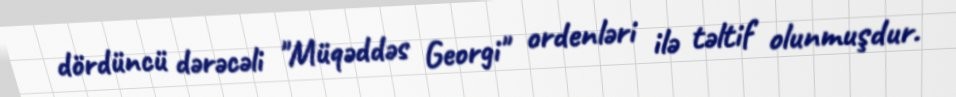
dördüncü dərəcəli "Müqəddəs Georgi" ordenləri ilə təltif olunmuşdur.